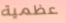
عظمية